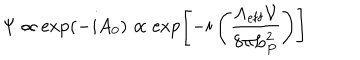
LaTeX: \Psi \propto \exp ( - i A _ { 0 } ) \propto \exp \left[ - i \left( { \frac { \Lambda _ { \mathrm { e f f } } { \mathcal V } } { 8 \pi L _ { P } ^ { 2 } } } \right) \right]